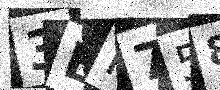
Text: 3BH758